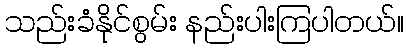
သည်းခံနိုင်စွမ်း နည်းပါးကြပါတယ်။